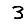
Digit: 3